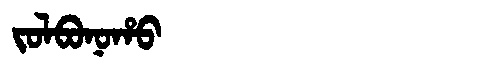
Manchu: ᠵᠣᠯᠪᠣᠨᠣᡥᠣ
Romanization: JOLBONOHO